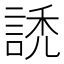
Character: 䛢